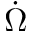
\dot { \Omega }